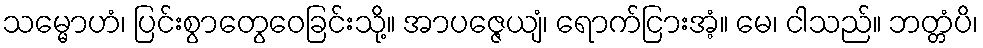
သမ္မောဟံ၊ ပြင်းစွာတွေဝေခြင်းသို့။ အာပဇ္ဇေယျံ၊ ရောက်ငြားအံ့။ မေ၊ ငါသည်။ ဘတ္တံပိ၊